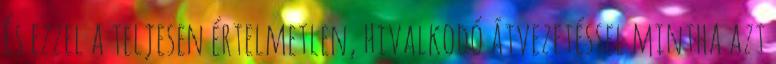
És ezzel a teljesen értelmetlen, hivalkodó átvezetéssel mintha azt